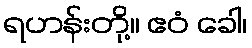
ရဟန်းတို့။ ဧဝံ ခေါ၊